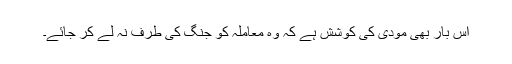
اس بار بھی مودی کی کوشش ہے کہ وہ معاملہ کو جنگ کی طرف نہ لے کر جائے۔